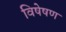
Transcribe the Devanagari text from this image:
विषेषण